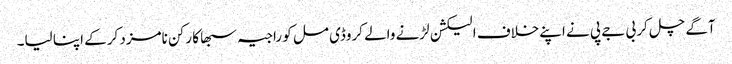
آگے چل کر بی جے پی نے اپنےخلاف الیکشن لڑنے والے کروڈی مل کو راجیہ سبھا کا رکن نامزد کرکے اپنا لیا۔